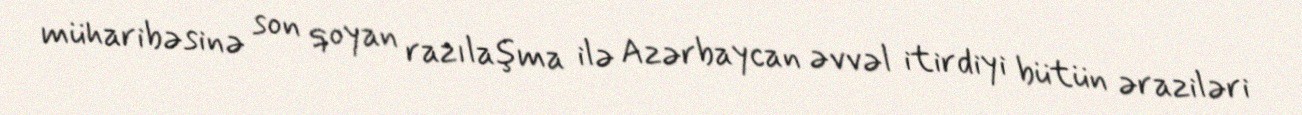
müharibəsinə son qoyan razılaşma ilə Azərbaycan əvvəl itirdiyi bütün əraziləri